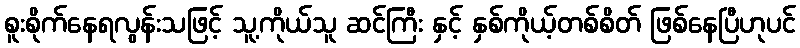
စူးစိုက်နေရလွန်းသဖြင့် သူ့ကိုယ်သူ ဆင်ကြီး နှင့် နှစ်ကိုယ့်တစ်စိတ် ဖြစ်နေပြီဟုပင်